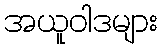
အယူဝါဒများ